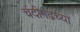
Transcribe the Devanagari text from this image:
चंदीगढच्या